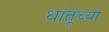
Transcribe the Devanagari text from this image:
धांतूंच्या